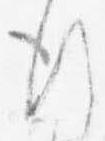
行